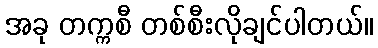
အခု တက္ကစီ တစ်စီးလိုချင်ပါတယ်။